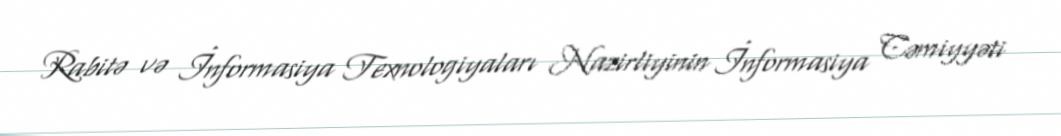
Rabitə və İnformasiya Texnologiyaları Nazirliyinin İnformasiya Cəmiyyəti